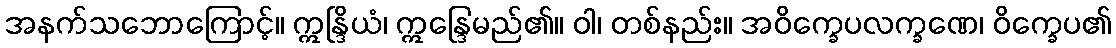
အနက်သဘောကြောင့်။ ဣန္ဒြိယံ၊ ဣန္ဒြေမည်၏။ ဝါ၊ တစ်နည်း။ အဝိက္ခေပလက္ခဏေ၊ ဝိက္ခေပ၏